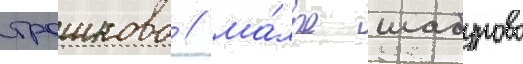
трошково / ма́лое шабурово